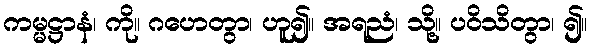
ကမ္မဋ္ဌာနံ၊ ကို။ ဂဟေတွာ၊ ဟူ၍။ အရညံ၊ သို့။ ပဝိသိတွာ၊ ၍။